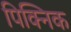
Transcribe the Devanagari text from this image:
पिक्निक